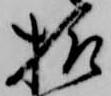
様